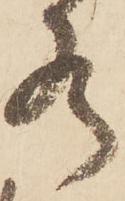
水